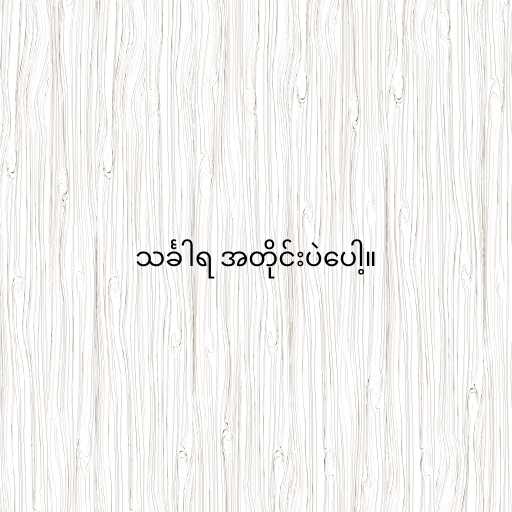
သင်္ခါရ အတိုင်းပဲပေါ့။